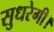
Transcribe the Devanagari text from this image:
सुधरेगी।